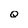
Character: Q